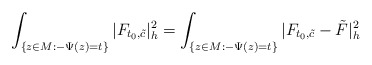
\begin{align*}\int_{ \{z\in M:-\Psi(z)=t\}}|F_{t_0,\tilde{c}}|^2_h=\int_{\{z\in M:-\Psi(z)=t\}}|F_{t_0,\tilde{c}}-\tilde{F}|^2_h\end{align*}